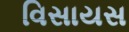
વિસાયસ